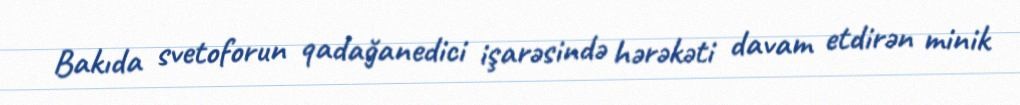
Bakıda svetoforun qadağanedici işarəsində hərəkəti davam etdirən minik